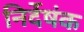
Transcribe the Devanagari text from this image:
निर्देषंक